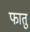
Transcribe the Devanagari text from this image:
फातु